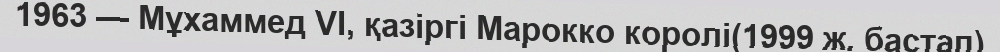
1963 — Мұхаммед VI, қазіргі Марокко королі(1999 ж. бастап)